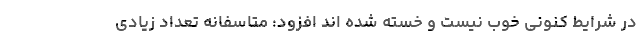
در شرایط کنونی خوب نیست و خسته شده اند افزود: متاسفانه تعداد زیادی